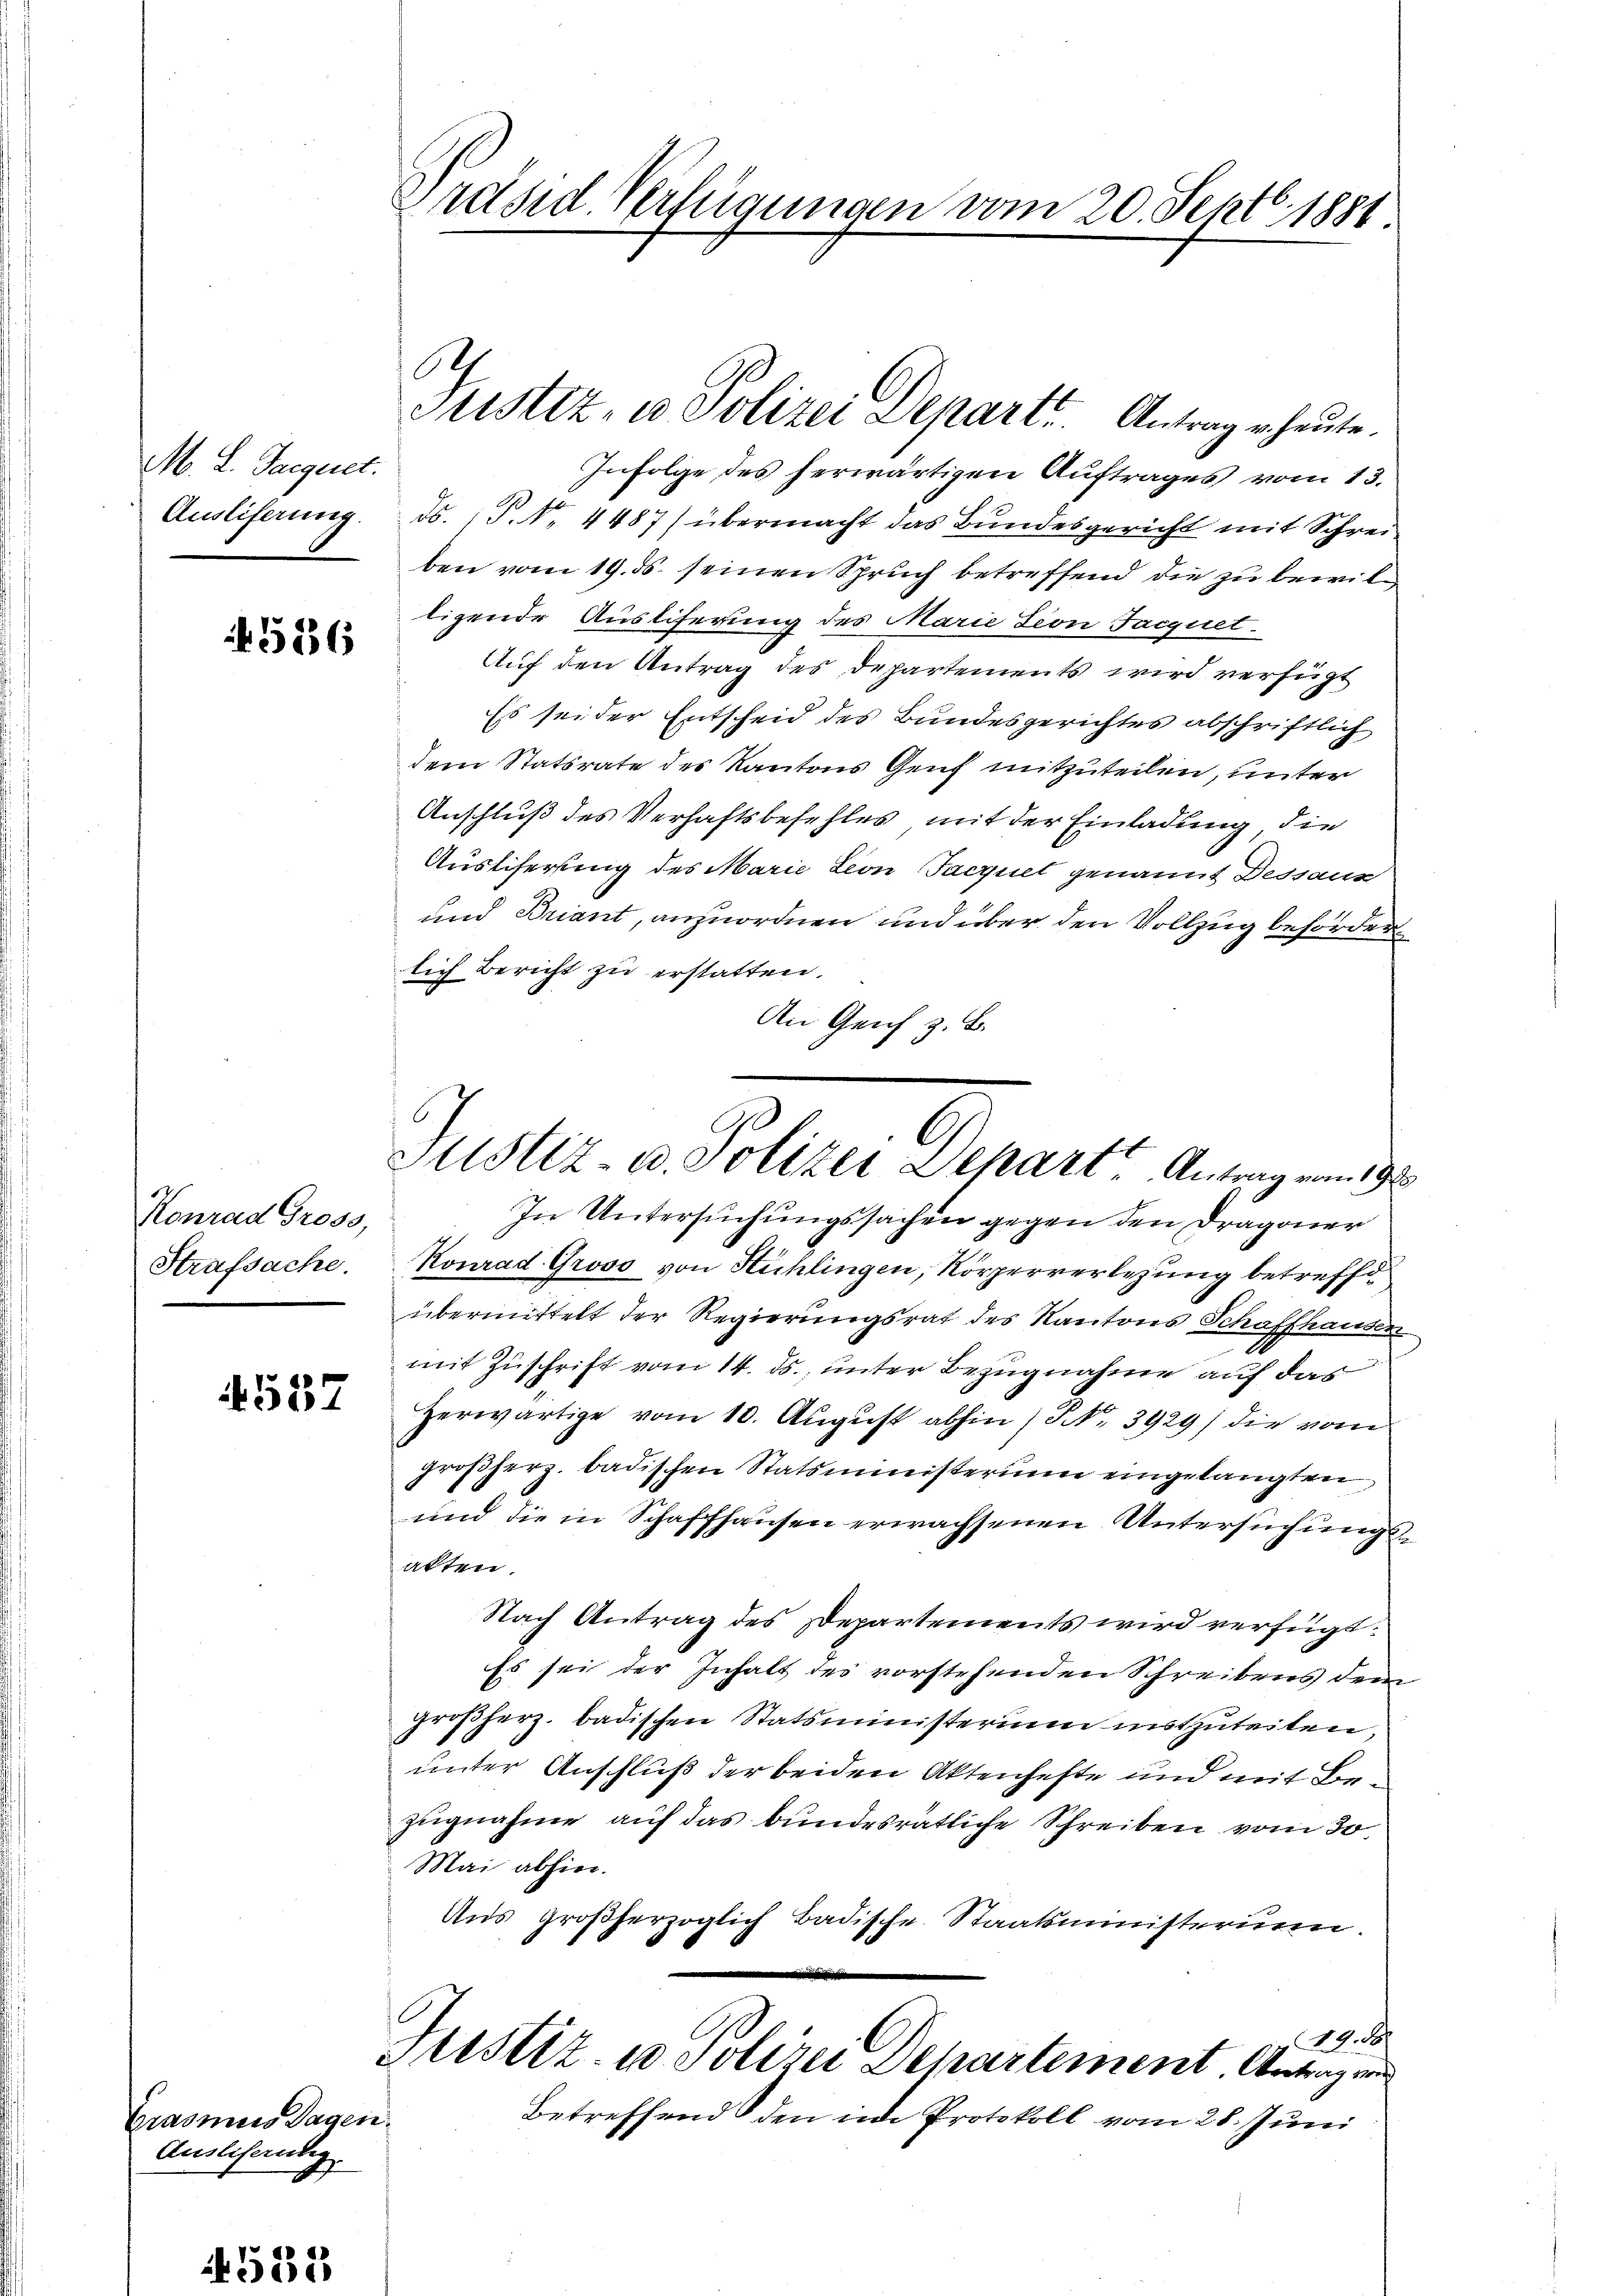
M. L. Jacquet
Auslieferung.

586

Konrad Gross,
Strafsache.

4537

Crasmus Tagen.
Auslihändig

.
32.

Präsid. Verfügungen vom 20. Sept. 1881

Infolge des herwärtigen Auftrages vom 13.
ds. (T. N. 4487) übermacht das Bundesgericht mit Schreiben vom 19. ds. seinen Spruch betreffend die zu bewilligende Ausliferung des Marie Leon Facquet
Auf den Antrag des Departements wird verfügt
Es sei der Entscheid des Bundesgerichtes abschriftlich
dem Statsrate des Kantons Genf mitzuteilen, unter
Anschluß des Verhaftsbefehles mit der Einladung, die
Austiferung des Marie Leon Facquet genannt Dessaus
und Briant, anzuordnen und über den Vollzug behörderlich Bericht zu erstatten.
An Genf z. B.
In Untersuchungssachen gegen den Dragoner
Konrad Groso von Hühlingen, Körperverlegung betreffe
übermittelt der Regierungsrat des Kantons Schaffhausen
mit Zuschrift vom 14. ds., unter Bezugnahme auf das
Herwärtige vom 10. August abhin / NNo. 3929/ die vom
großherz. badischen Statsministerium eingelangten
und die in Schaffhausen erwachsenen Untersuchungsalten.
Nach Antrag des Departements wird verfügt:
Es sei der Inhalt des vorstehenden Schreibens dem
großherz. badischen Statsministerium mitzuteilen,
unter Anschluß der beiden Aktenhefte und mit Bezugnahme auf das bundesrätliche Schreiben vom 30.
Mai abhin.
Uns großherzoglich Badische Staatsministerum.
49. 58.
Justiz- u Polizei Departement Antragen
Betreffend den im Protokoll vom 28. Juni

A

Justiz- u Polizei Depart. Antrag u. heute.

Justiz u. Polizei Depart“ Antrag vom 19te